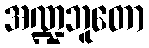
အဏ္ဍဘူတော